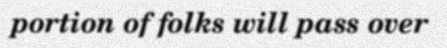
portion of folks will pass over